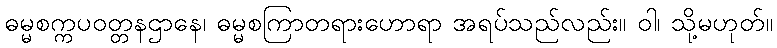
ဓမ္မစက္ကပဝတ္တနဌာနေ၊ ဓမ္မစကြာတရားဟောရာ အရပ်သည်လည်း။ ဝါ၊ သို့မဟုတ်။